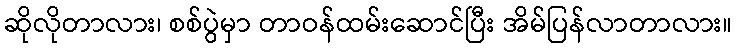
ဆိုလိုတာလား၊ စစ်ပွဲမှာ တာဝန်ထမ်းဆောင်ပြီး အိမ်ပြန်လာတာလား။